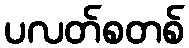
ပလတ်စတစ်